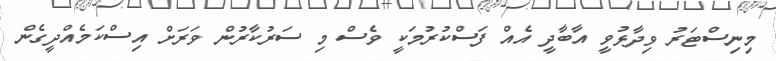
މިނިސްޓަރު ވިދާޅުވީ އާބާދީ އެއް ފަސްކުރުމަކީ ވެސް މި ސަރުކާރުން ވަރަށް އިސްކަމެއްދީގެން